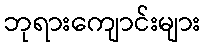
ဘုရားကျောင်းများ